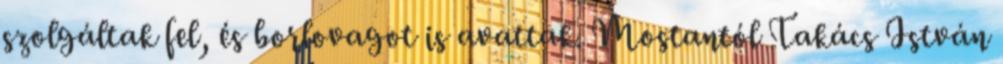
szolgáltak fel, és borlovagot is avattak. Mostantól Takács István